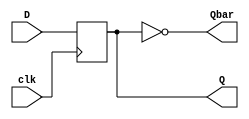
module dff(
D,
Q,
Qbar,
clk
);
input D, clk;
output Q, Qbar;
reg Q;
assign Qbar=~Q;
always @(negedge clk)
begin
    Q=D;
end
endmodule